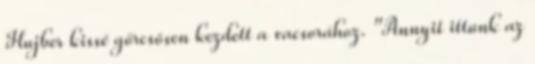
Hujber kissé görcsösen kezdett a vacsorához. "Annyit ittunk az